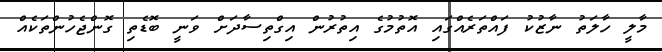
މާލީ ހާލަތު ނާޒުކު ފައްތަރެއްގައި އޮތުމުގެ އިތުރުން އިގްތިސާދަށް ވަނީ ބޮޑެތި ގޮންޖެހުންތަކެއް